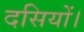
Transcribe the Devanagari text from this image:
दसियों।